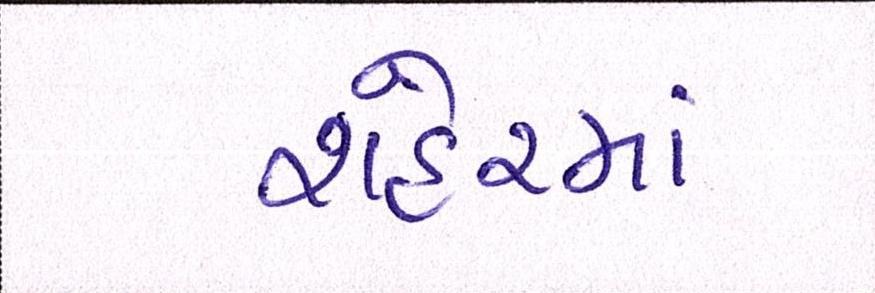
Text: શહેરમાં